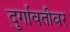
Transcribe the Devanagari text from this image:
दुर्गावतीवर